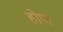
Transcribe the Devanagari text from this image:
होपा